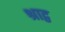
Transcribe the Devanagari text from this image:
श्राद्व